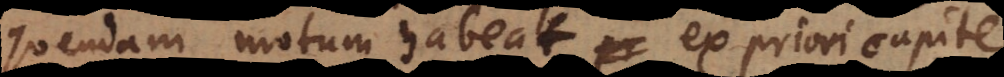
quendam motum habeat, ex priori capite